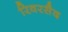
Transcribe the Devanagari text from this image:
रिवरसैद